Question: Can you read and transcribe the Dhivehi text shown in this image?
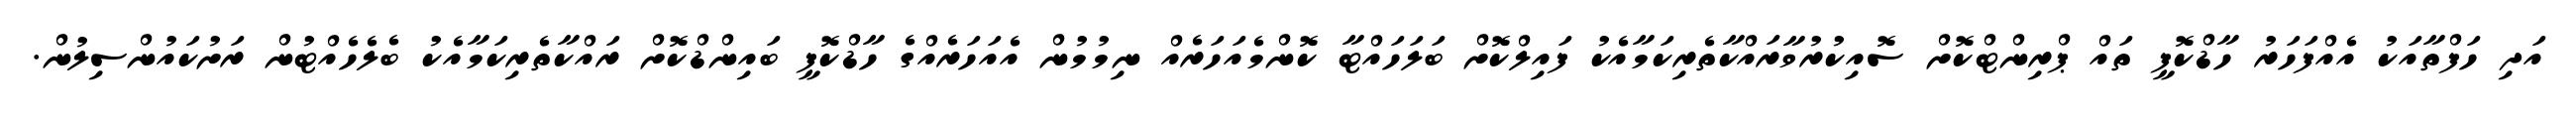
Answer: އަދި ހަފްތާއަކު އެއްފަހަރު ހާޑްކޮޕީ ތައް ޕްރިންޓްކޮށް ސޮއިކުރުވާރައްކާތެރިކަމާއެކު ފައިލްކޮށް ބަލަހައްޓާ ކޮންމެއަހަރެއް ނިމުމުން އެއަހަރެއްގެ ހާޑްކޮޕީ ބައިންޑްކޮށް ރައްކާތެރިކަމާއެކު ބެލެހެއްޓުން ރަށުކައުންސިލުން.